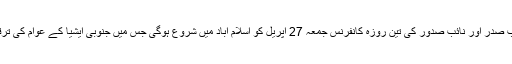
25 اپریل2018ء) سارک چیمبر آف کامرس کے آٹھ ممبر ممالک کے سینئر نائب صدر اور نائب صدور کی تین روزہ کانفرنس جمعہ 27 اپریل کو اسلام آباد میں شروع ہوگی جس میں جنوبی ایشیا کے عوام کی ترقی و خوشحالی کیلئے وژن 2030 کی حکمت عملی کو حتمی شکل دی جائے گی۔